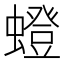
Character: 䗳